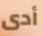
أدى